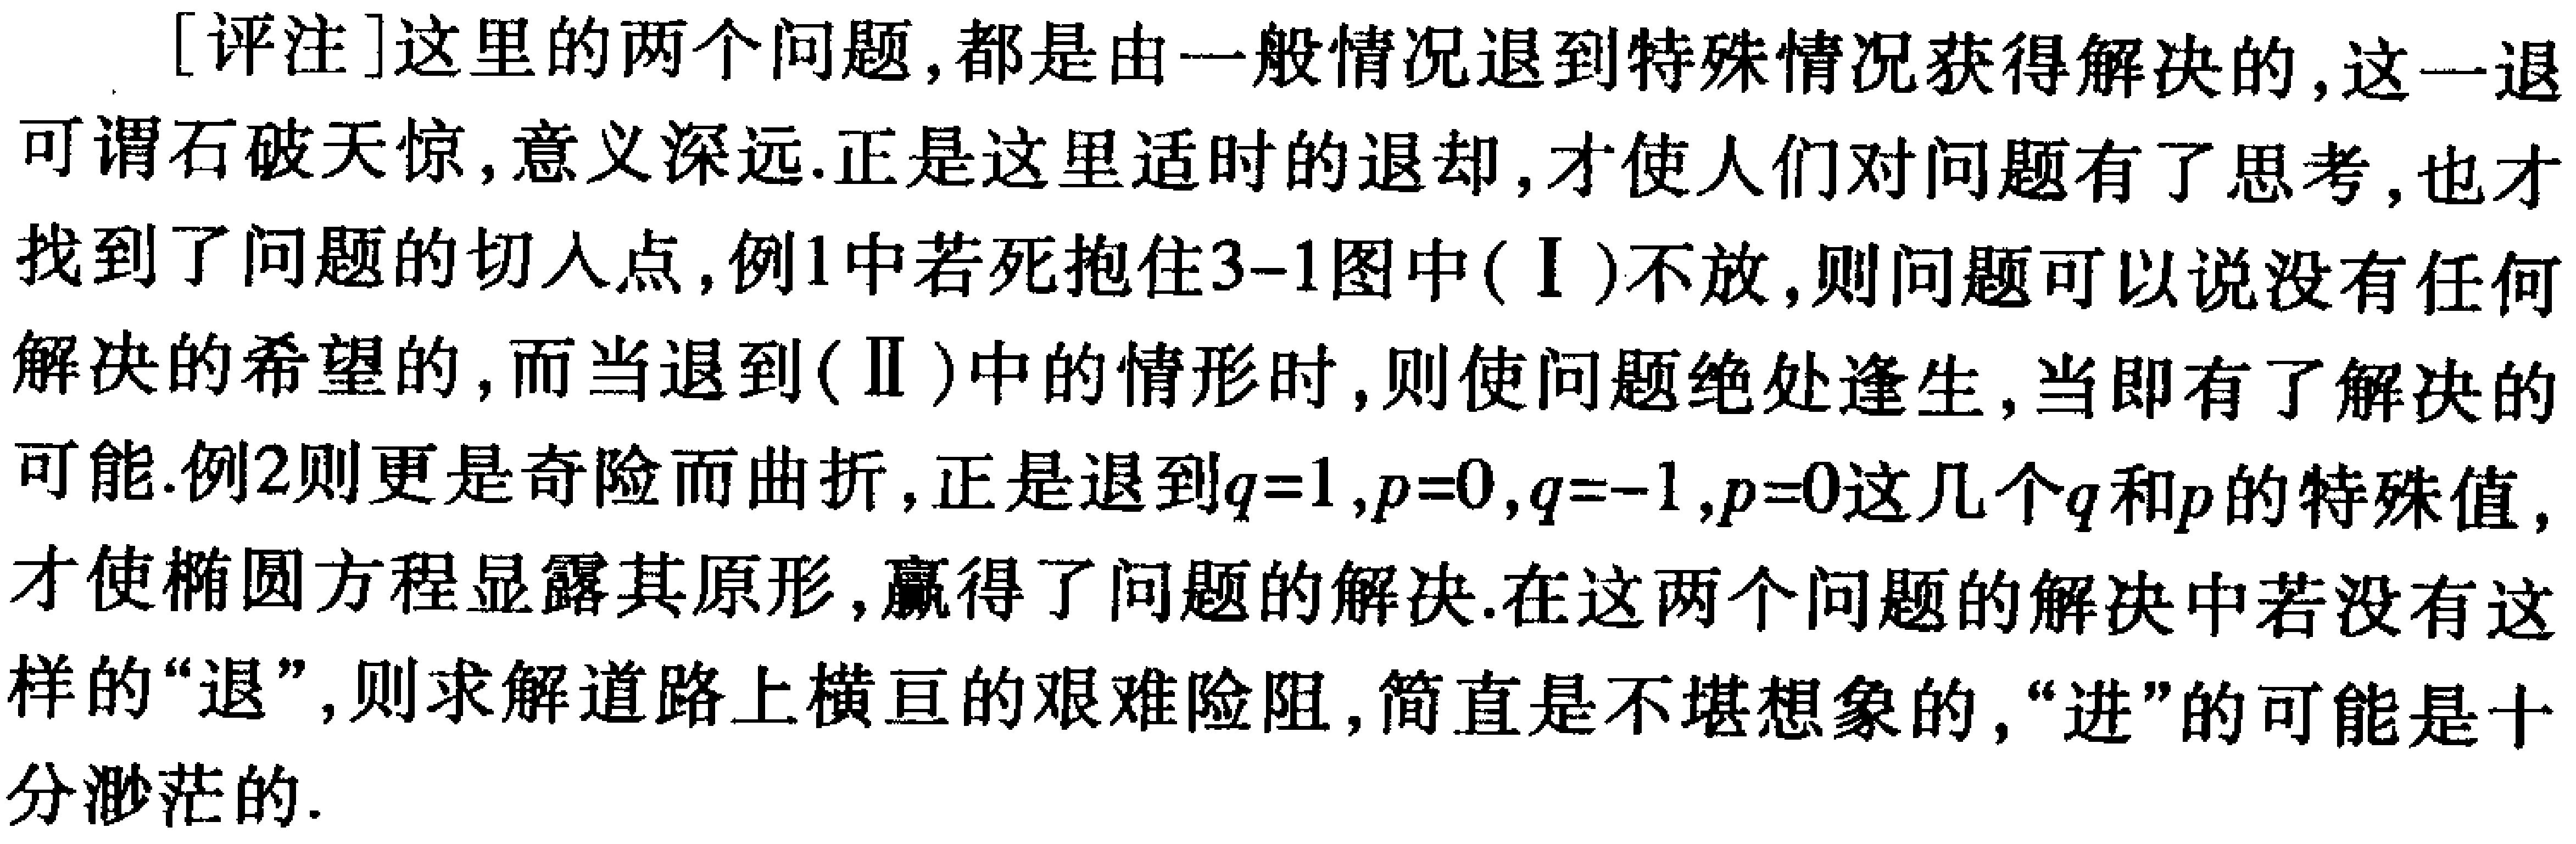
[评注]这里的两个问题,都是由一般情况退到特殊情况获得解决的,这一退可谓石破天惊,意义深远.正是这里适时的退却,才使人们对问题有了思考,也才找到了问题的切入点,例1中若死抱住3-1图中(Ⅰ)不放,则问题可以说没有任何解决的希望的,而当退到(Ⅱ)中的情形时,则使问题绝处逢生,当即有了解决的可能.例2则更是奇险而曲折,正是退到\(q = 1,p = 0,q = - 1,p = 0\)这几个\(q\)和\(p\)的特殊值,才使椭圆方程显露其原形,赢得了问题的解决.在这两个问题的解决中若没有这样的“退”,则求解道路上横亘的艰难险阻,简直是不堪想象的,“进”的可能是十分渺茫的.